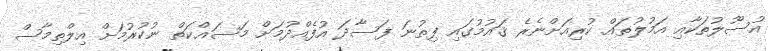
އުސޫލުތަކާއި އަމުލުތައް ކުރިއަށްނެރެ ޤައުމުގައި ފިތުނަ ފަސާދަ އުފެއްދުމަށް މަސައްކަތް ނުކުރުމަށް އިލްތިމާސް